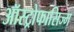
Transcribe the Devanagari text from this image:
ऑस्ट्रोफासिज्म